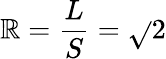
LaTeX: \mathbb{R}={\frac{{L}}{{S}}}={\sqrt{}{{2}}}